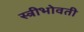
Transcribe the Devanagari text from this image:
स्त्रीभोवती